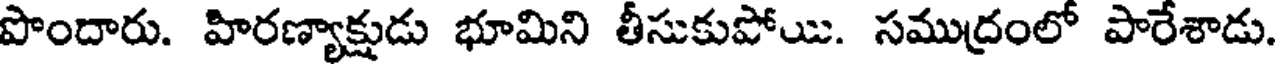
పొందారు. హిరణ్యాక్షుడు భూమిని తీసుకుపోయి. సముద్రంలో పారేశాడు.